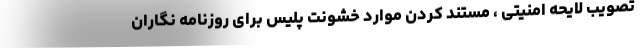
تصویب لایحه امنیتی ، مستند کردن موارد خشونت پلیس برای روزنامه نگاران